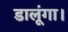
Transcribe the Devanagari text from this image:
डालूंगा।